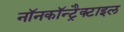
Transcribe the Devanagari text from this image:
नॉनकॉन्ट्रैक्टाइल